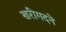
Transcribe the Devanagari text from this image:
खरीगदने